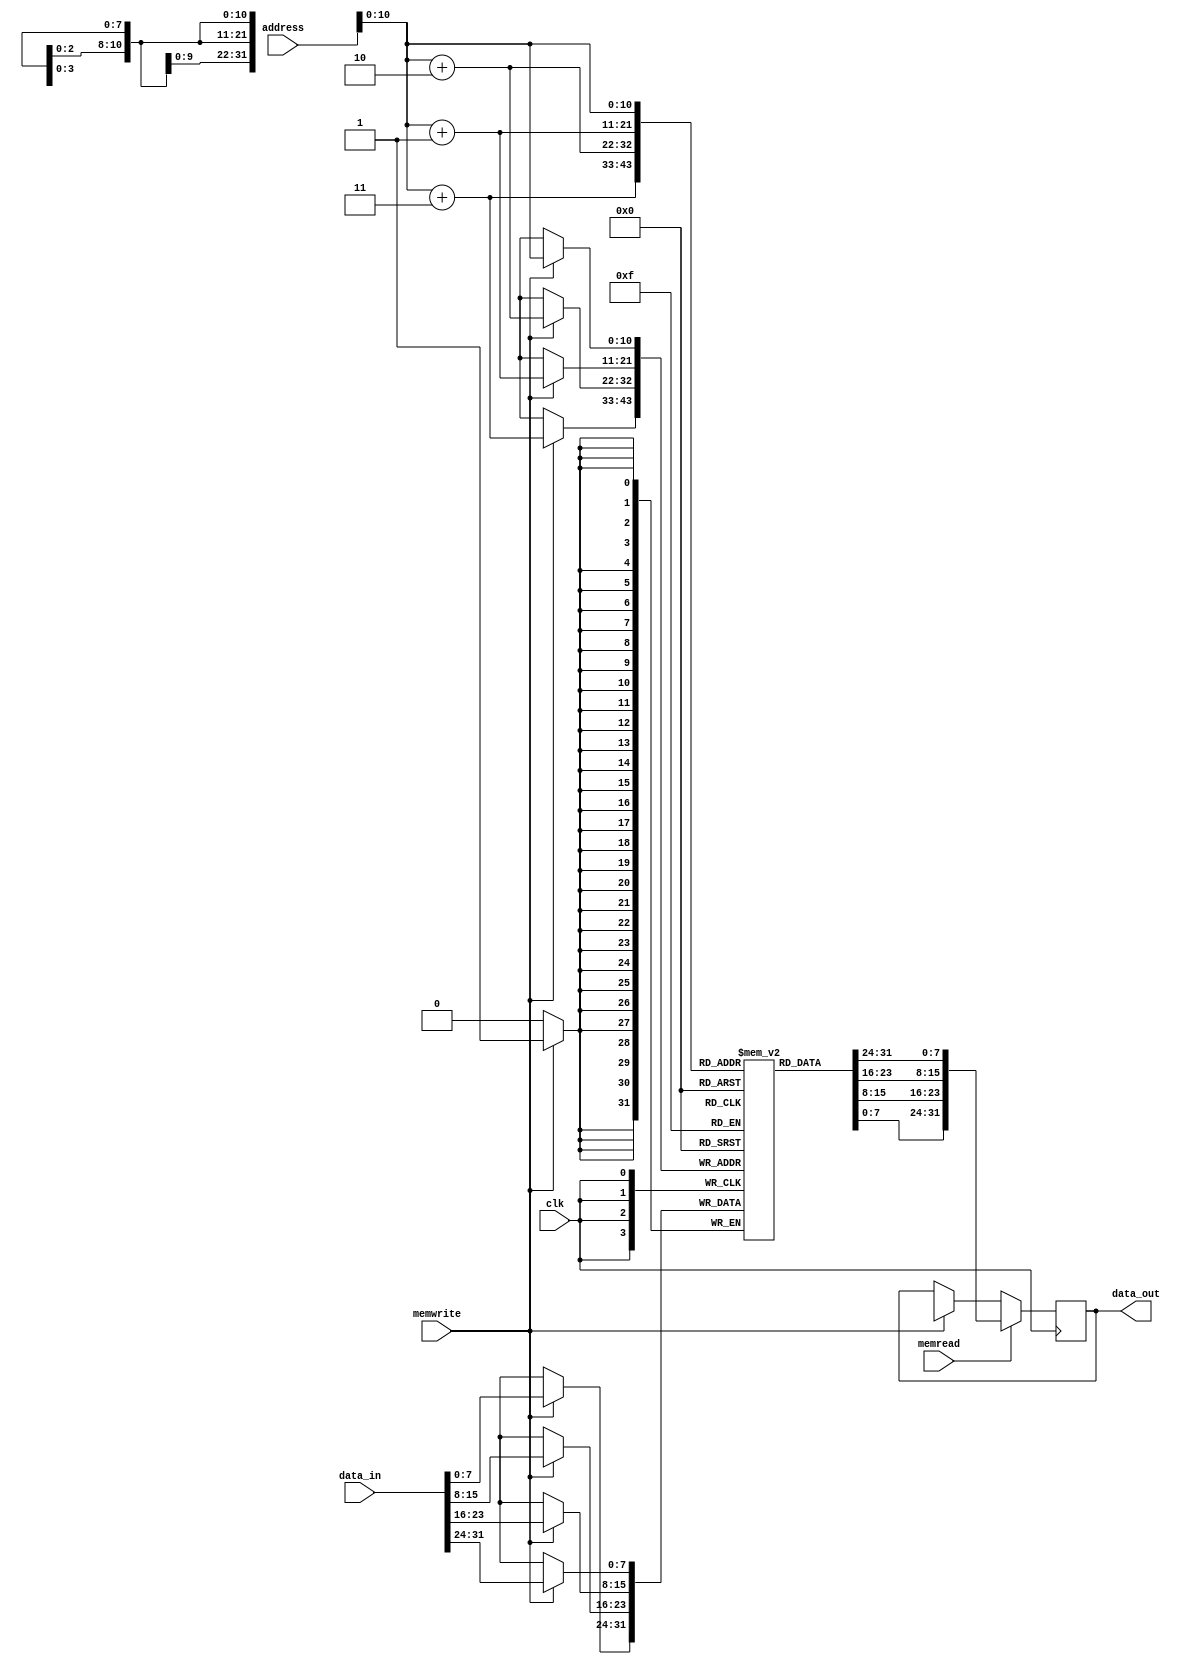
module data_mem(address, clk, data_in, data_out, memwrite, memread);
    input memwrite, memread, clk;
    input [63:0] address, data_in;
    output reg [31:0] data_out;

    // 1 kilobyte
    reg [7:0] mem [0:1024];

    // initialize memory to 0
    integer i;
    initial begin
        for(i=0; i<1024; i=i+1) begin
            mem[i] = 8'h00;
        end
        
        // value a
        {mem[0], mem[1], mem[2], mem[3]} = 1000;

        // value b
        {mem[8], mem[9], mem[10], mem[11]} = $signed(-200);

        // value c
        {mem[16], mem[17], mem[18], mem[19]} = 300;

        // value d
        {mem[24], mem[25], mem[26], mem[27]} = 700;

        // value e
        {mem[32], mem[33], mem[34], mem[35]} = 100;

        // value f
        {mem[40], mem[41], mem[42], mem[43]} = 3;

    end

    always @(negedge clk) begin
        // write data using lower 32 bits
        if(memwrite) begin
            data_out <= 32'hxxxxxxxx;
            mem[address] <= data_in[31:24];
            mem[address+1] <= data_in[23:16];
            mem[address+2] <= data_in[15:8];
            mem[address+3] <= data_in[7:0];
        end
        // read data
        // since registers are 64-bit, perform sign extension
        if(memread) begin
            data_out <= {mem[address], mem[address+1], mem[address+2], mem[address+3]};
        end
    end
endmodule